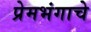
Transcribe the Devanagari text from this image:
प्रेमभंगाचे